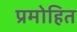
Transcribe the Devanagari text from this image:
प्रमोहित